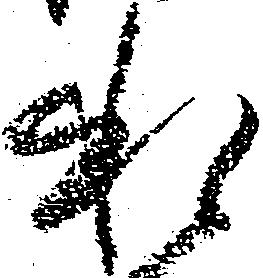
承